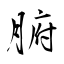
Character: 腑